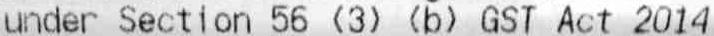
UNDER SECTION 56 (3) (B) GST ACT 2014